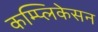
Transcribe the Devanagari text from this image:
कम्प्लिकेसन